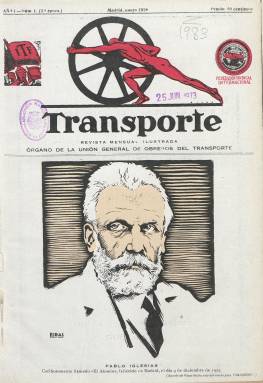
Título: Transporte (Madrid. 1926)
Colección: Prensa sindical
Ámbito geográfico: Madrid
Lugar de publicación: Madrid
Fechas: 01/01/1926-31/07/1935

Este título publica su primer número en enero de 1926, como “revista mensual ilustrada” –tal como indica su subtítulo– y como órgano de la Unión General de Obreros del Transporte, integrada en la Unión General de Trabajadores (UGT) y en la Federación Sindical Internacional (ITF), cuyos anagramas van estampados en su cabecera. Lo hace con la serie “segunda época”, al ser considerada como continuación de la revista Velocidad, publicada entre 1921 y 1925, también en Madrid, formando parte así mismo esta de la colección hemerográfica de la Biblioteca Nacional de España (BNE). El nuevo título tendrá la misma orientación sindical que la Sociedad de Chauffeurs y Aspirantes (1920) y la Unión General de Conductores de Carruajes, que, a finales de ese año 1925, se habían fusionado tras siete años de rivalidad y sumaban juntas varios miles de cotizantes del movimiento societario de los obreros del transporte madrileño, y que no era otra que la “preconizada” por la UGT y el Partido Socialista Obrero Español (PSOE), tal como se indica en su primera entrega.

El presidente y el secretario del nuevo sindicato serán los socialistas Francisco Cordero López (1882-1928) y Ángel Martín Martín, que ya lo venían siendo de la sociedad La Velocidad: la redacción y la administración de la revista tendrá su sede en la Casa del Pueblo de la madrileña calle Piamonte, y tanto Cordero como Martín serán los responsables de su edición. La propia revista indicará que los antecedentes de las sociedades de obreros del transporte en Madrid tienen su origen en la entidad El Arte de Guiar, fundada en 1893. El primer número de Transporte estará dedicado al reciente fallecimiento y funeral de Pablo Iglesias (1850-1925), en el que se incluye un artículo de Fernando de los Ríos (1879-1949), titulado La muerte del maestro.

Sus entregas variarán entre las 56 y las 44 páginas, con cubiertas –y a veces las páginas interiores- estampadas en papel cuché, primero en la Imprenta Artística de Sáez Hermanos y posteriormente en Gráfica Socialista. Además de artículos y noticias sobre el movimiento obrero, la actividad sindical, la composición, reuniones o instrucciones de los órganos de dirección o de las juntas generales del sindicato, su carácter es doblemente ilustrado. Por un lado, con la inclusión de otros contenidos de carácter literario o artístico, junto con otros políticos y biografías, además de los de naturaleza profesional y técnica; y, por otro, por estar ilustrada con dibujos, retratos, humor gráfico y sobre todo fotograbados de actualidad, dedicando, especialmente, las dos centrales a reportajes o crónicas, en las que Santiago Carrillo (1915-2012) será el autor de un par de ellos.

Los epígrafes de algunas de sus secciones dan una idea de estos contenidos que se suman a los estrictamente sindicales y políticos: Paseos por Madrid, Notas de arte, Galería de nombres célebres, Figuras de actualidad, Rutas y turismo, así como los de Literatura social, Galería socialista o notas sociales de la vida internacional, o reportajes sobre el tráfico automovilístico en Madrid y otras capitales europeas. Otro de los aspectos que destaca de esta revista es la veintena de páginas, al principio y al final de cada entrega, que ocupa la publicidad comercial, la mayor parte de ella relativa al mundo del automóvil, además de otras inserciones en páginas interiores. También destacan los números extraordinarios que edita cada mes de mayo, con bellos dibujos estampados a color en su cubierta.

A partir de su quinto año de edición, en enero de 1930, inicia una tercera época y, desde el mes siguiente (número 50), indica que es órgano de la Federación Provincial de Obreros del Transporte, que agrupaba a cinco sociedades en toda la provincia, cuyos fondos alcanzaban unas 300.000 pesetas. Desde el octubre de 1931 (número 70) ya no aparece con cubierta y su paginación se reduce a la treintena, reduciéndose así mismo las inserciones publicitarias. A partir de marzo de 1932, sus entregas se constriñen aún más, a dieciséis páginas, pero al mismo tiempo, publica suplementos a cada número, empezando con el 75, que aparecerán el día 15 de cada mes, editado por la Sociedad de Obreros y Empleados de Tranvías, de cuatro páginas cada uno e ilustrado también con dibujos y chistes gráficos. Con motivo de la revolución de octubre de 1934, la Casa del Pueblo, sede de la redacción y administración, quedará clausurada por orden del gobernador civil, coincidiendo con la aparición del número 106 de la revista, en su noveno año de edición. Se interrumpe su publicación y su siguiente entrega y última –número 107- corresponderá a julio de 1935, desde la que se "envía un fraternal abrazo a todos los compañeros presos y perseguidos por la reacción".

Este título será continuado en agosto de ese mismo año 1935 por la revista Transporte U.G.T., que sigue su secuencia. Así mismo, entre 1932 y 1936, la ugetista Federación Nacional del Transporte en España editará la revista Fuerza. Ambas integran también la colección hemerográfica de la BNE.